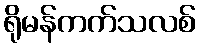
ရိုမန်ကက်သလစ်